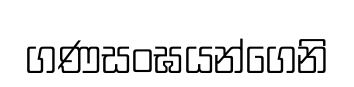
ගණසංඝයන්ගෙනි